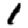
Digit: 1